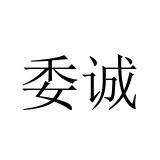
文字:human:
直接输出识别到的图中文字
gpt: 委诚